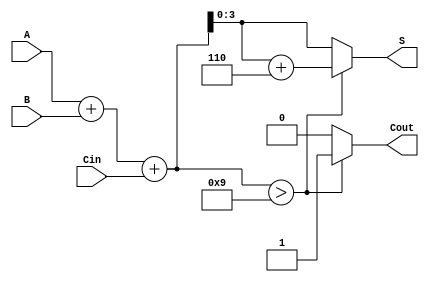
module BCD_Hybrid_Adder(
    input [3:0] A,    // First BCD number
    input [3:0] B,    // Second BCD number
    input Cin,        // Carry-in bit
    output reg [3:0] S,  // BCD sum output
    output reg Cout     // Carry-out bit
);

    reg [4:0] Temp;  // Temporary storage for binary addition

    always @(*) begin
        // Step 1: Binary addition of A, B, and Cin
        Temp = A + B + Cin;

        // Step 2: BCD correction logic
        if (Temp > 9) begin
            // Adjust Temp by adding 6 for BCD correction
            Temp = Temp + 5'b00110; // Add 6 in binary
            Cout = 1;                // Set carry-out
        end else begin
            Cout = 0;                // No carry-out
        end

        // Step 3: Output assignment
        S = Temp[3:0];              // Assign the lower 4 bits to sum output
    end

endmodule